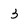
Character: 3